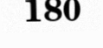
180